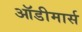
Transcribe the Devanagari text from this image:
ऑडीमार्स